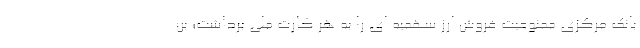
بانک مرکزی ممنوعیت فروش ارز سهمیه ای را به هر کارت ملی برداشت؛ بن